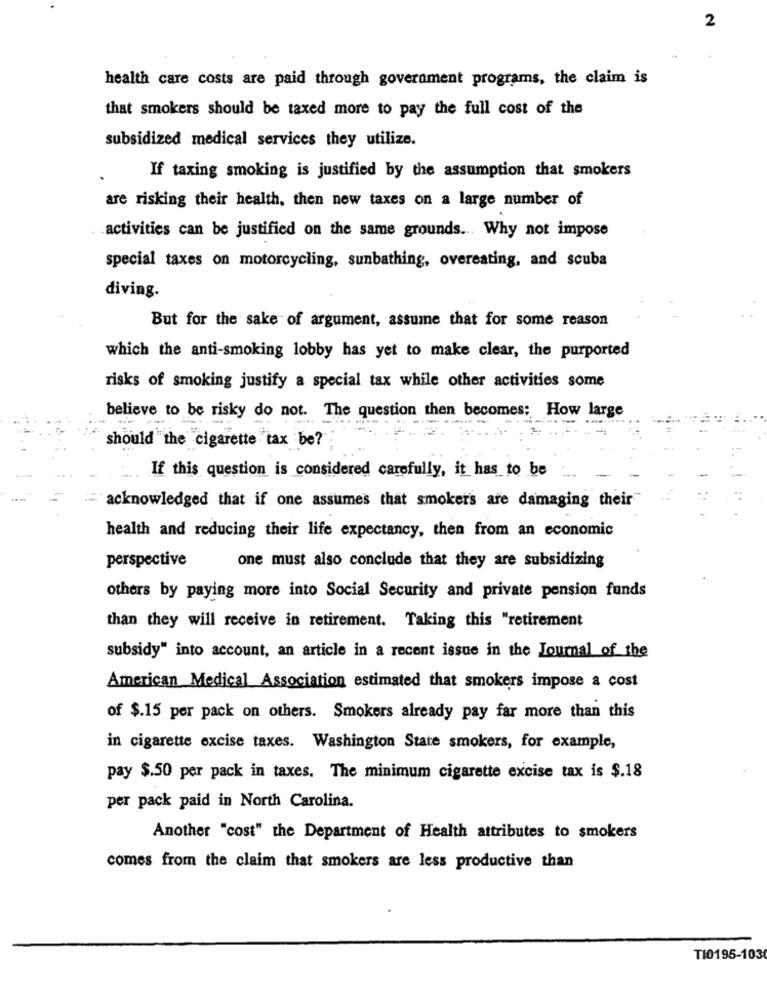
2
health care costs are paid through government programs, the claim is
that smokers should be taxed more to pay the full cost of the
subsidized medical services they utilize.
If taxing smoking is justified by the assumption that smokers
are risking their health, then new taxes on a large number of
activities can be justified on the same grounds .. Why not impose
special taxes on motorcycling, sunbathing, overeating, and scuba
diving.
But for the sake of argument, assume that for some reason
which the anti-smoking lobby has yet to make clear, the purported
risks of smoking justify a special tax while other activities some
believe to be risky do not. The question then becomes; How large
should the cigarette tax be?
If this question is considered carefully, it has to be
acknowledged that if one assumes that smokers are damaging their
health and reducing their life expectancy, then from an economic
perspective
one must also conclude that they are subsidizing
others by paying more into Social Security and private pension funds
than they will receive in retirement. Taking this "retirement
subsidy" into account, an article in a recent issue in the Journal of the
American Medical Association estimated that smokers impose a cost
of $.15 per pack on others. Smokers already pay far more than this
in cigarette excise taxes. Washington State smokers, for example,
pay $.50 per pack in taxes. The minimum cigarette excise tax is $.18
per pack paid in North Carolina.
Another "cost" the Department of Health attributes to smokers
comes from the claim that smokers are less productive than
TI0195-103